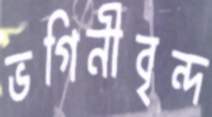
ভগিনীবৃন্দ